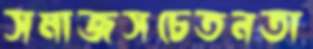
সমাজসচেতনতা